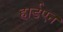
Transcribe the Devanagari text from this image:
हार्डएन